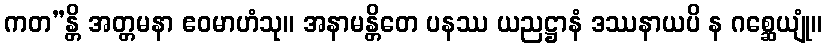
ကတ”န္တိ အတ္တမနာ ဧဝမာဟံသု။ အနာမန္တိတေ ပနဿ ယညဋ္ဌာနံ ဒဿနာယပိ န ဂစ္ဆေယျုံ။